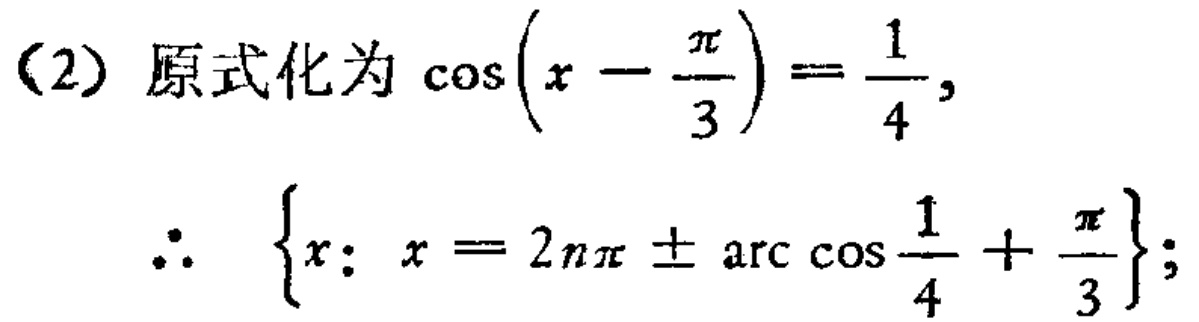
(2) 原式化为\(\cos\left(x - \frac{\pi}{3}\right)=\frac{1}{4}\)，
\(\therefore \left\{x: x = 2n\pi\pm\arccos\frac{1}{4}+\frac{\pi}{3}\right\}\)；